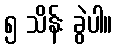
၅ သိန်း ခွဲပါ။